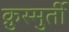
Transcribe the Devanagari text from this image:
क्रुस्मुर्ती